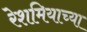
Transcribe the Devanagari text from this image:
रेशमियाच्या